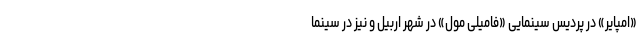
«امپایر» در پردیس سینمایی «فامیلی مول» در شهر اربیل و نیز در سینما